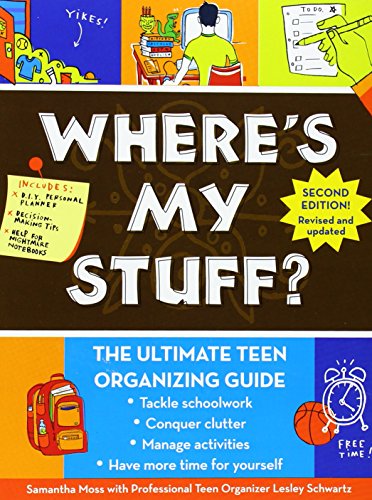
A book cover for Where's My Stuff?: The Ultimate Teen Organizing Guide; Samantha Moss; Teen & Young Adult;